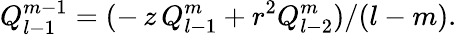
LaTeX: Q_{l-1}^{m-1}=(-\, z\, Q_{l-1}^{m}+r^{2}Q_{l-2}^{m})/(l-m).